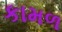
કામળ